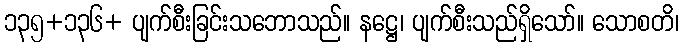
၁၃၅+၁၃၆+ ပျက်စီးခြင်းသဘောသည်။ နဋ္ဌေ၊ ပျက်စီးသည်ရှိသော်။ သောစတိ၊